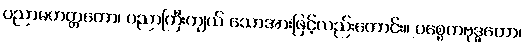
ပညာမဟတ္တတော၊ ပညာကြီးကျယ် သောအားဖြင့်လည်းကောင်း။ ပစ္စေကဗုဒ္ဓတော၊